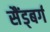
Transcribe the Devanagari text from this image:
सैंड्बर्ग